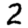
Digit: 2